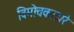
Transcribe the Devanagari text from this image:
विमोचकाद्वारे